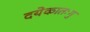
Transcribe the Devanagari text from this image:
दयेकातःगु